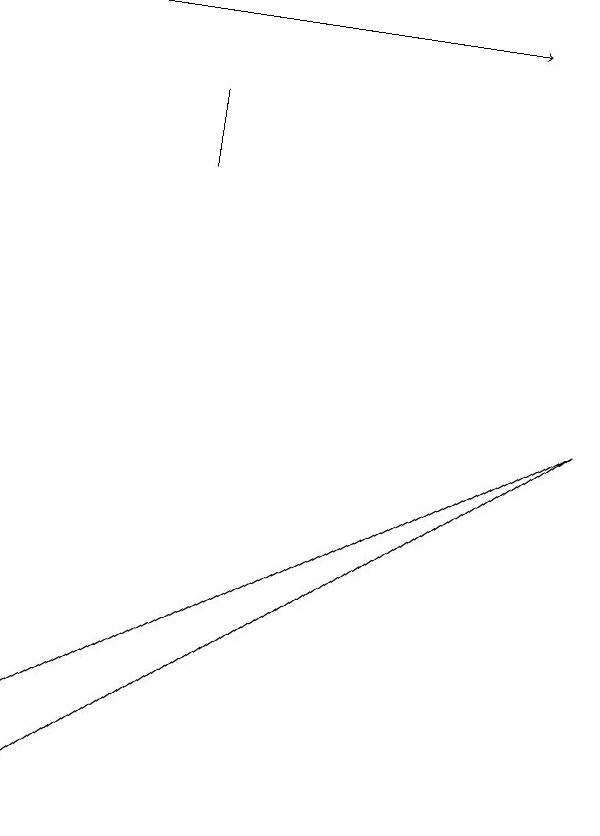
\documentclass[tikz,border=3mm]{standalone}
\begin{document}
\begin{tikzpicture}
\draw (3,12) rectangle (3,13);
\draw (1,4) -- (8,9) -- (1,5) -- cycle;
\draw[->] (1,14) -- (7,14);
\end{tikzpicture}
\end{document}